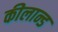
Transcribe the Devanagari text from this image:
कीलान्ड